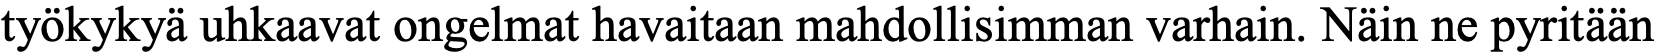
työkykyä uhkaavat ongelmat havaitaan mahdollisimman varhain. Näin ne pyritään